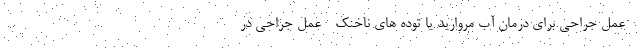
- عمل جراحی برای درمان آب مروارید یا توده های ناخنک - عمل جراحی در